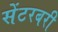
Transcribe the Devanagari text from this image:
सेंटरबरी